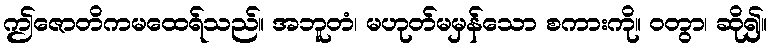
ဤဇောတိကမထေရ်သည်။ အဘူတံ၊ မဟုတ်မမှန်သော စကားကို။ ဝတွာ၊ ဆို၍။